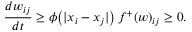
\frac { d w _ { i j } } { d t } \geq \phi \big ( | x _ { i } - x _ { j } | \big ) \, f ^ { + } ( w ) _ { i j } \geq 0 .